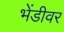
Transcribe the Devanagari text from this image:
भेंडीवर